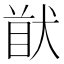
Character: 𱮁